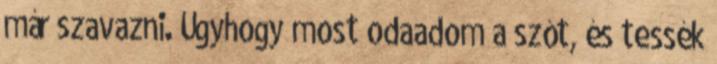
már szavazni. Úgyhogy most odaadom a szót, és tessék